Report on sanitation, dispensaries, and jails in Rajputana for 1919, and on vaccination for the year 1919-1920 - 1919-1920
Year: 1919
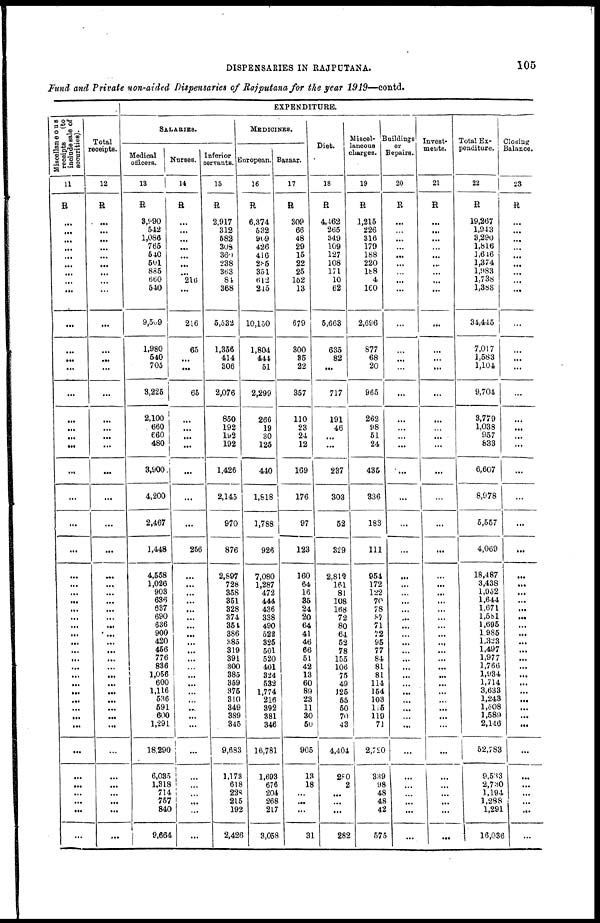
DISPENSARIES IN RAJPUTANA.
105
Fund and Private non-aided Dispensaries of Rajputana for the year 1919—contd.
Miscellaneous
receipts
(to
include sale of
securities).
11
R
...
...
...
...
...
...
...
...
...
...
...
...
...
...
...
...
...
...
...
...
...
...
...
...
...
...
...
...
...
...
...
...
...
...
...
...
...
...
...
...
...
...
...
...
...
...
...
...
Total
receipts.
12
R
...
...
...
...
...
...
...
...
...
...
...
...
...
...
...
...
...
...
...
...
...
...
...
...
...
...
...
...
...
...
...
...
...
...
...
...
...
...
...
...
...
...
...
...
...
...
...
...
EXPENDITURE.
SALARIES.
Medical
officers.
13
R
3,990
542
1,086
765
540
501
885
660
540
9,509
1,980
540
705
3,225
2,100
660
660
480
3,900
4,200
2,467
1,448
4,558
1,026
903
636
637
690
636
900
420
456
776
836
1,056
600
1,116
536
591
600
1,291
18,290
6,035
1,318
714
757
840
9,664
Nurses.
14
R
...
...
...
...
...
...
....
210
...
216
65
...
...
65
...
...
...
...
...
...
...
256
...
...
...
...
...
...
...
...
...
...
...
...
...
...
...
...
...
...
...
...
...
...
...
...
...
...
Inferior
servants.
15
R
2,917
312
582
308
360
238
363
84
368
5,532
1,356
414
306
2,076
850
192
192
192
1,426
2,145
970
876
2,897
728
358
351
328
374
351
386
385
319
391
300
385
359
375
310
349
389
345
9,683
1,173
618
228
215
192
2,426
MEDICINES.
European.
16
R
6,374
532
909
426
416
285
351
612
2l5
10,150
1,804
441
51
2,299
266
19
30
125
440
1,818
1,788
926
7,080
1,287
472
444
436
338
490
522
325
501
520
401
324
532
1,774
216
392
381
346
16,781
1,693
676
204
268
217
3,058
Bazaar.
17
R
309
66
48
29
15
22
25
152
13
679
300
35
22
357
110
23
24
12
169
176
97
123
160
64
16
35
24
20
64
41
46
66
51
42
13
60
89
23
11
30
50
905
13
18
...
...
...
31
Diet.
18
R
4,462
265
349
109
127
108
171
10
62
5,663
635
82
...
717
191
46
...
...
237
303
52
329
2,812
161
81
108
168
72
80
64
52
78
155
106
75
49
125
55
50
70
43
4,404
280
2
...
...
...
282
Miscel-
laneous
charges.
19
R
1,215
226
316
179
188
220
188
4
160
2,696
877
68
20
965
262
98
51
24
435
336
183
111
954
172
122
70
78
87
71
72
95
77
84
81
81
114
154
103
115
119
71
2,720
339
98
48
48
42
575
Buildings
or
Repairs.
20
R
...
...
...
...
...
...
...
...
...
...
...
...
...
...
...
...
...
...
...
...
...
...
...
...
...
...
...
...
...
...
...
...
...
...
...
...
...
...
...
...
...
...
...
...
...
...
...
...
Invest-
ments.
21
R
...
...
...
...
...
...
...
...
...
...
...
...
...
...
...
...
...
...
...
...
...
...
...
...
...
...
...
...
...
...
...
...
...
...
...
...
...
...
...
...
...
...
...
...
...
...
...
...
Total Ex-
penditure.
22
R
19,267
1,943
3,290
1,816
1,646
1,374
1,983
1,738
1,388
34,445
7,017
1,583
1,104
9,704
3,779
1,038
957
833
6,607
8,978
5,557
4,069
18,487
3,438
1,052
1,644
1,671
l,581
1,695
1,985
1,323
1,497
1,977
1,760
1,934
1,714
3,633
1,243
1,608
1,589
2,146
52,783
9,533
2,730
1,194
1,288
1,291
16,036
Closing
Balance.
23
R
...
...
...
...
...
...
...
...
...
...
...
...
...
...
...
...
...
...
...
...
...
...
...
...
...
...
...
...
...
...
...
...
...
...
...
...
...
...
...
...
...
...
...
...
...
...
...
...